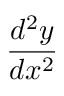
\frac { d ^ { 2 } y } { d x ^ { 2 } }